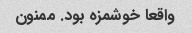
واقعا خوشمزه بود. ممنون